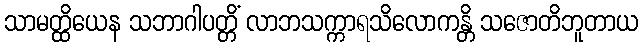
သာမတ္ထိယေန သဘာဂါပတ္တိံ လာဘသက္ကာရသိလောကန္တိ သဇောတိဘူတာယ